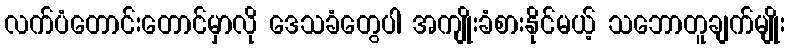
လက်ပံတောင်းတောင်မှာလို ဒေသခံတွေပါ အကျိုးခံစားနိုင်မယ့် သဘောတူချက်မျိုး